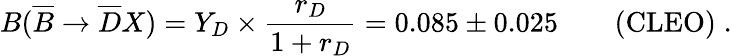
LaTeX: B(\overline{{B}}\to\overline{{D}}X)=Y_{D}\times{\frac{r_{D}}{1+r_{D}}}=0.085\pm 0.025\qquad\mathrm{(CLEO)}\; .